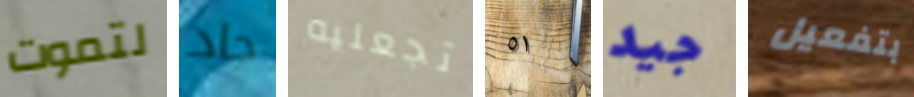
لتموت جاد تجعليه ٥١ جيد بتفعيل